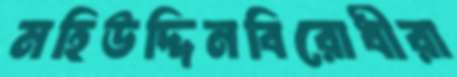
মহিউদ্দিনবিরোধীরা